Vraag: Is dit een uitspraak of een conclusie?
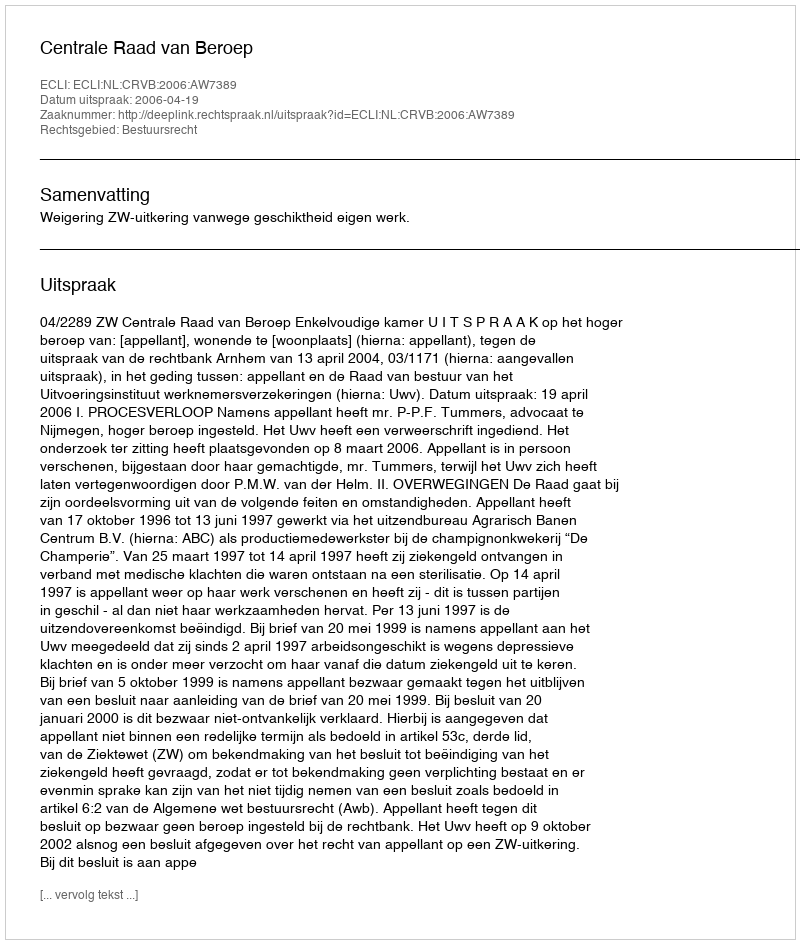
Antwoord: Uitspraak